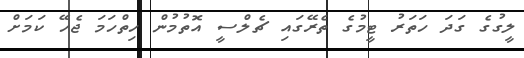
ލީގުގެ ގަދަ ހަތަރު ޓީމުގެ ތެރޭގައި ޗެލްސީ އޮތުމުން ހިތްހަމަ ޖެހޭ ކަމަށް